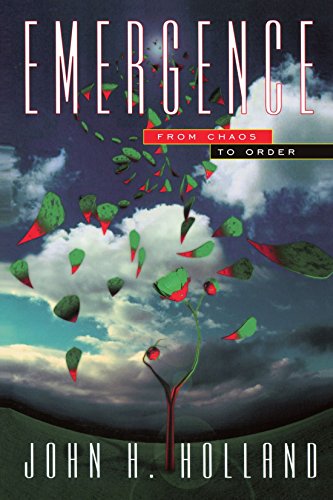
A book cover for Emergence: From Chaos To Order (Helix Books); John H. Holland; Science & Math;